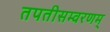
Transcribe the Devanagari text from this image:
तपतीसम्वरणम्